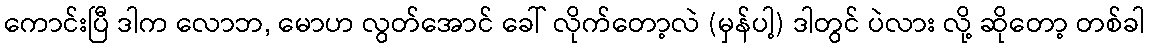
ကောင်းပြီ ဒါက လောဘ, မောဟ လွတ်အောင် ခေါ် လိုက်တော့လဲ (မှန်ပါ့) ဒါတွင် ပဲလား လို့ ဆိုတော့ တစ်ခါ